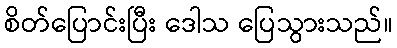
စိတ်ပြောင်းပြီး ဒေါသ ပြေသွားသည်။